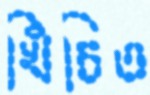
খিঁচিত